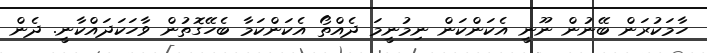
ހާމަކުރަން ބޭނުން ނޫނީ އެކަންކަން ނިމުނީމަ ދެއްތޯ އެކަންކަމާ ބެހޭގޮތުން ވާހަކަދައްކާނީ. ދެން